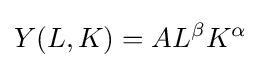
Y(L,K)=AL^{\beta }K^{\alpha }